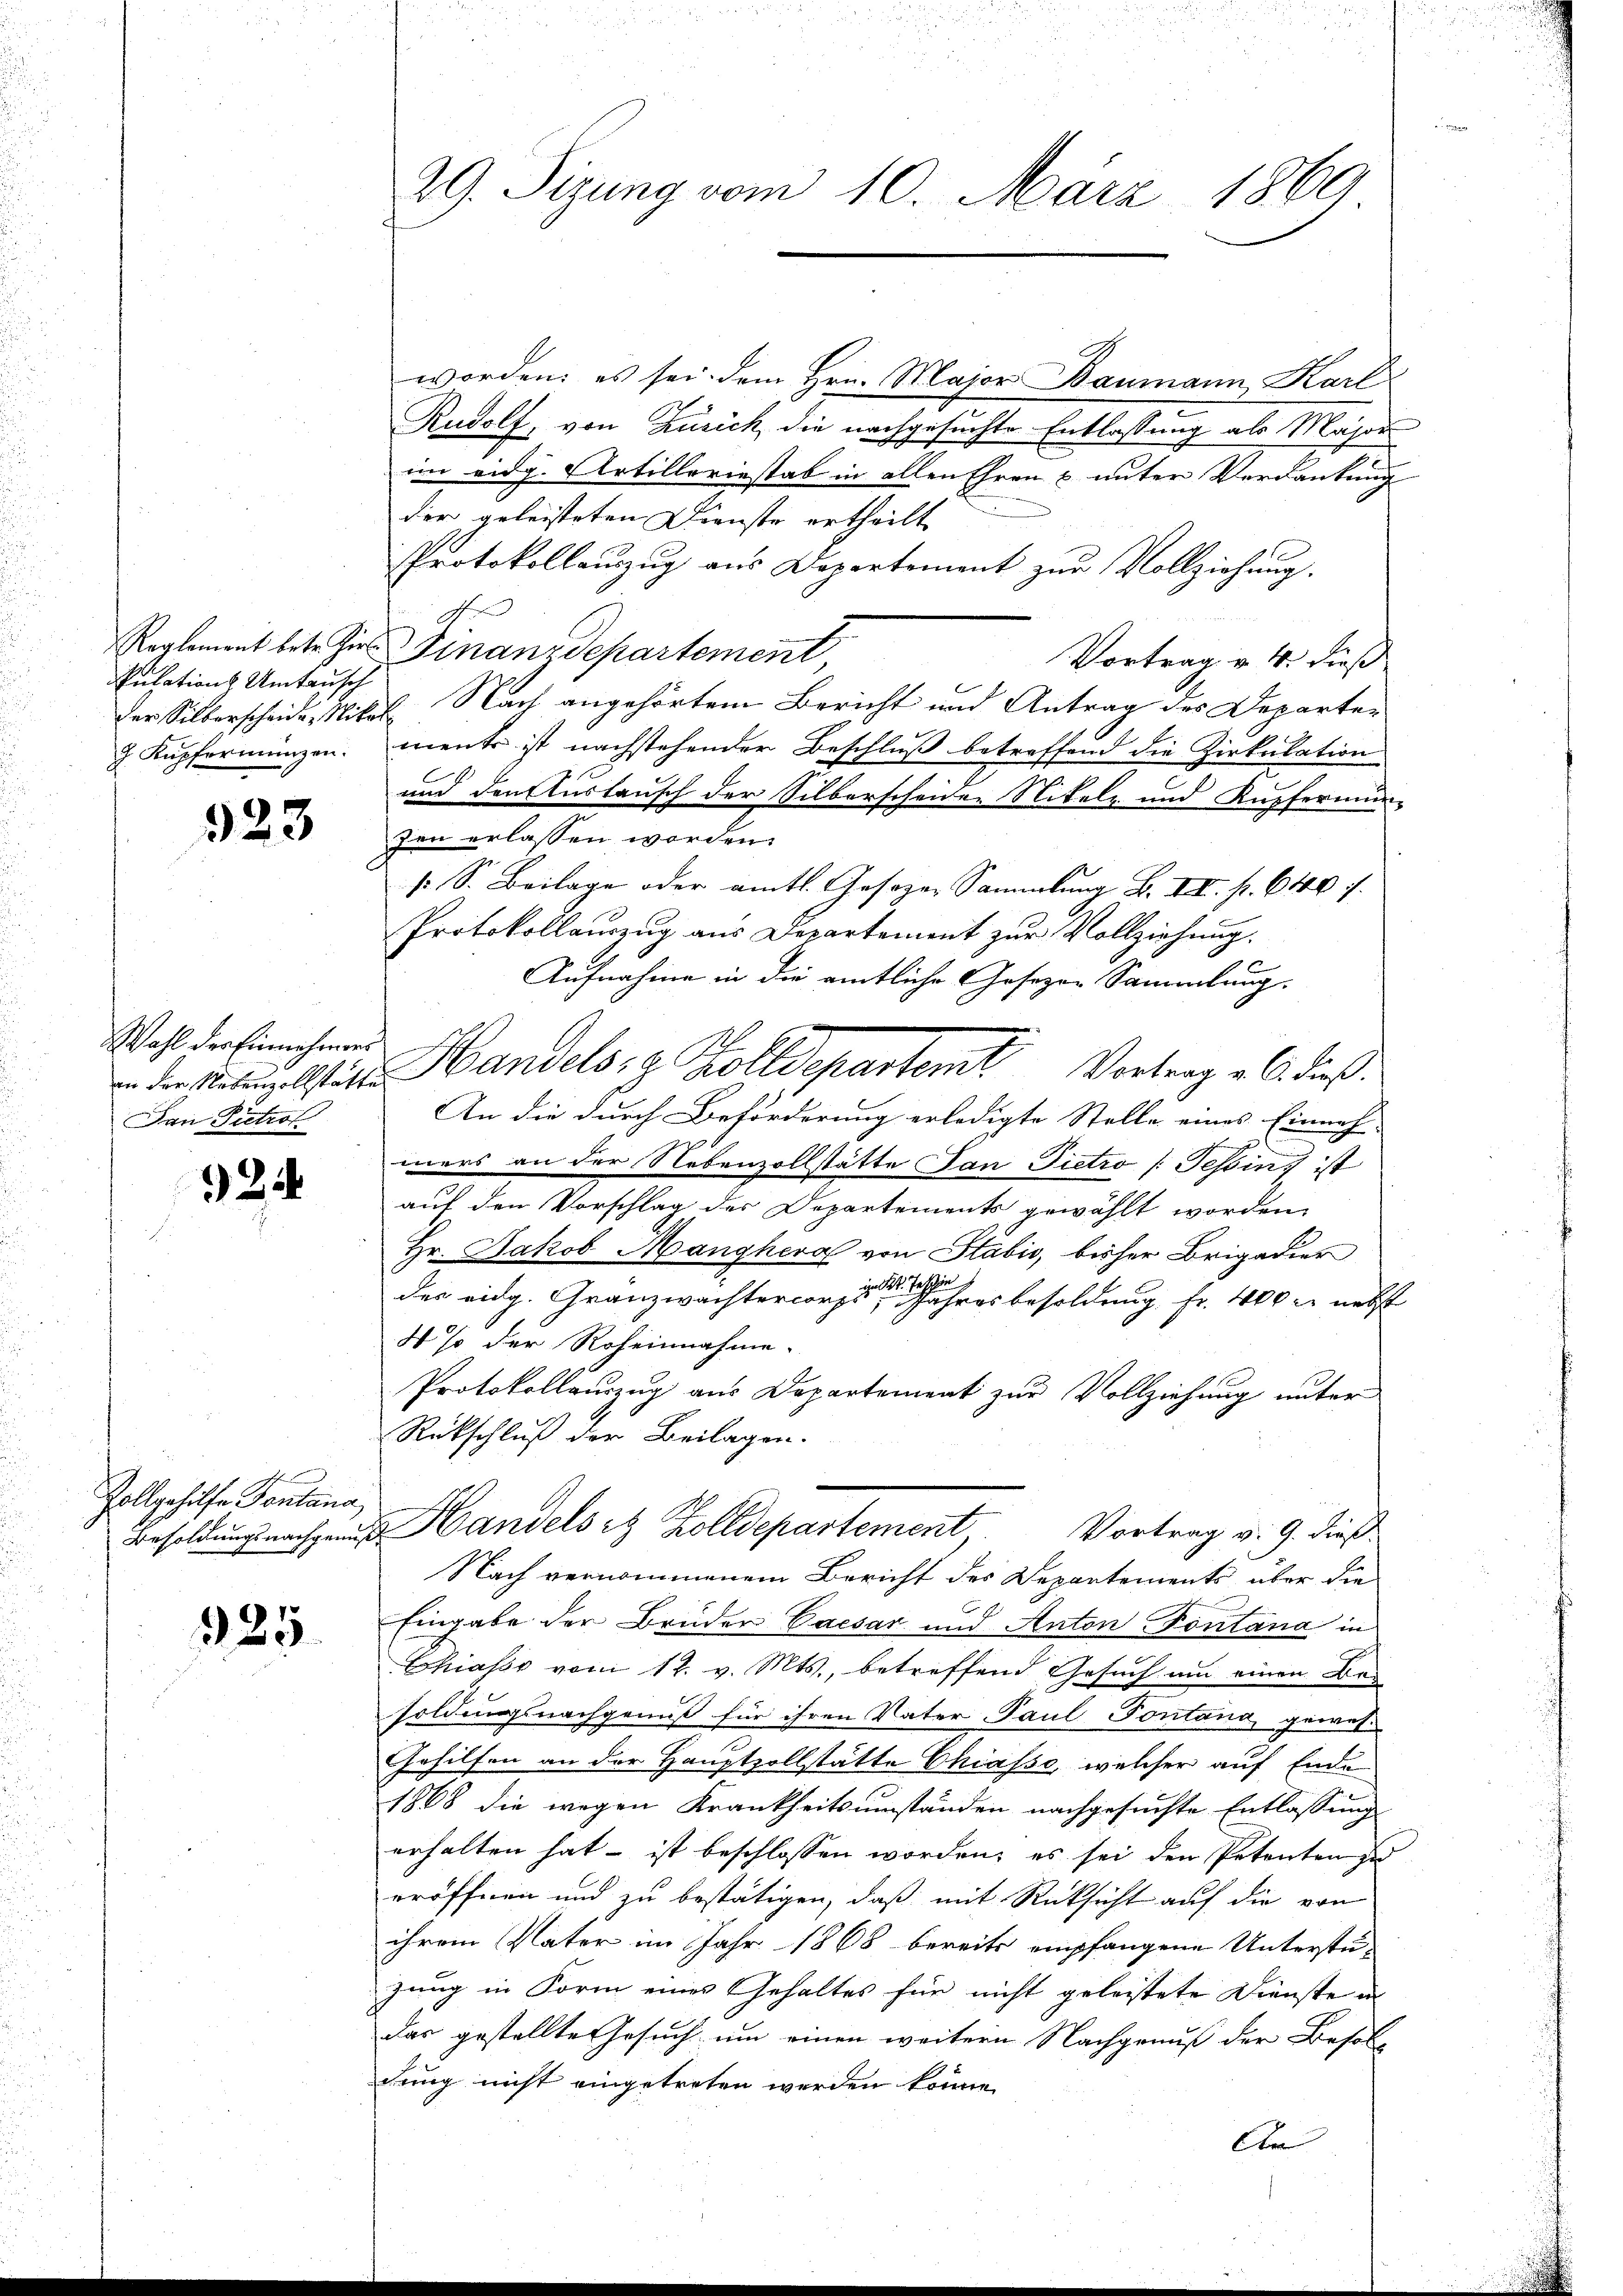
Pulations Umtausch

323

Wahl der Einnahmens
Dan Pietrof

24

t
Zollgehilfe Sontana

325

worden: es sei dem Hrn. Major Baumann Karl
Rudolf, von Zusick die nachgesuchte Entlassung als Major
im eidg. Artilleriestab in allen Ehren & unter Verdankung
der geleisteten Dienste ertheilt
Protokollauszug aus Departement zur Vollziehung.
A
Reglement betr. Hr. Finanzdepartement
Vortrag v. 4. dieß
der Silberscheide Nikel Nach angehörtem Bericht und Antrag des Departe¬
J Kŭpformünzen. ments ist nachstehender Beschlŭβ betreffend die Zirkulation
und den Austausch der Silberscheiden Nitel und Kupfermin-
zen erlassen worden.
s. S. Beilage oder amtl. Gesezen Sammlung B. VII. p. 640 f.
Protokollauszug aus Departement zur Vollziehung.
Aufnahme in die amtliche Gesezen Sammlung.
 der Metzlister Handelsig Kolldepartemt Vortrag v. 6. dieß
An die durch Beförderung erledigte Stelle eines Einnah
mers an der Nebenzollstätte Jan Pietro /: Tessin, ist
auf den Vorschlag des Departements gewählt worden,
Hr. Jakob Manghera von Stabić, bisher Brigadier
des eidg. Granzwachtercorporaire uhresbesoldung fr. 400 er nebst
4% der Roheinnahme.
Protokollauszug aus Departement zur Vollziehung unter
Rückschluß der Beilagen.
Besoldungsnachgene Handels et Zolldepartement. Vortrag v. 9. dieß
Nach vernommenem Bericht des Departements über die
Eingabe der Brüder Caesar und Anton Fontana in
Chiasso vom 12. v. Mts., betreffend Gesuch um einen Be-
soldungsnachgenuß für ihren Vater Paul Pontana, gewes¬
Gehilfen an der Hauptzollstätte Chiasse, welcher auf Ende
1868 die wegen Krankheitsumständen nachgesuchte Entlassung
erhalten hat – ist beschlossen worden, es sei den Petenten zu
eröffnen und zu bestätigen, daß mit Rücksicht auf die von
ihrem Vater im Jahr 1868 bereits empfangene Unterstü-
zung in Form eines Gehaltes für nicht geleistete Dienste in
das gestellte Gesuch um einen weitern Nachgenuß der Besol-
dung nicht eingetreten werden könne.

29. Sizung vom 10. März 1869